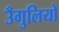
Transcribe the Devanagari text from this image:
उँगुलियों